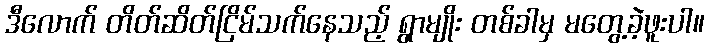
ဒီလောက် တိတ်ဆိတ်ငြိမ်သက်နေသည့် ရွာမျိုး တစ်ခါမှ မတွေ့ခဲ့ဖူးပါ။